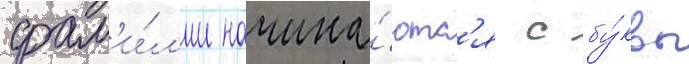
фам'и́л'ии начина́ютс'я с бу́квы